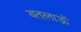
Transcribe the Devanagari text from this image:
बतलाऊँ